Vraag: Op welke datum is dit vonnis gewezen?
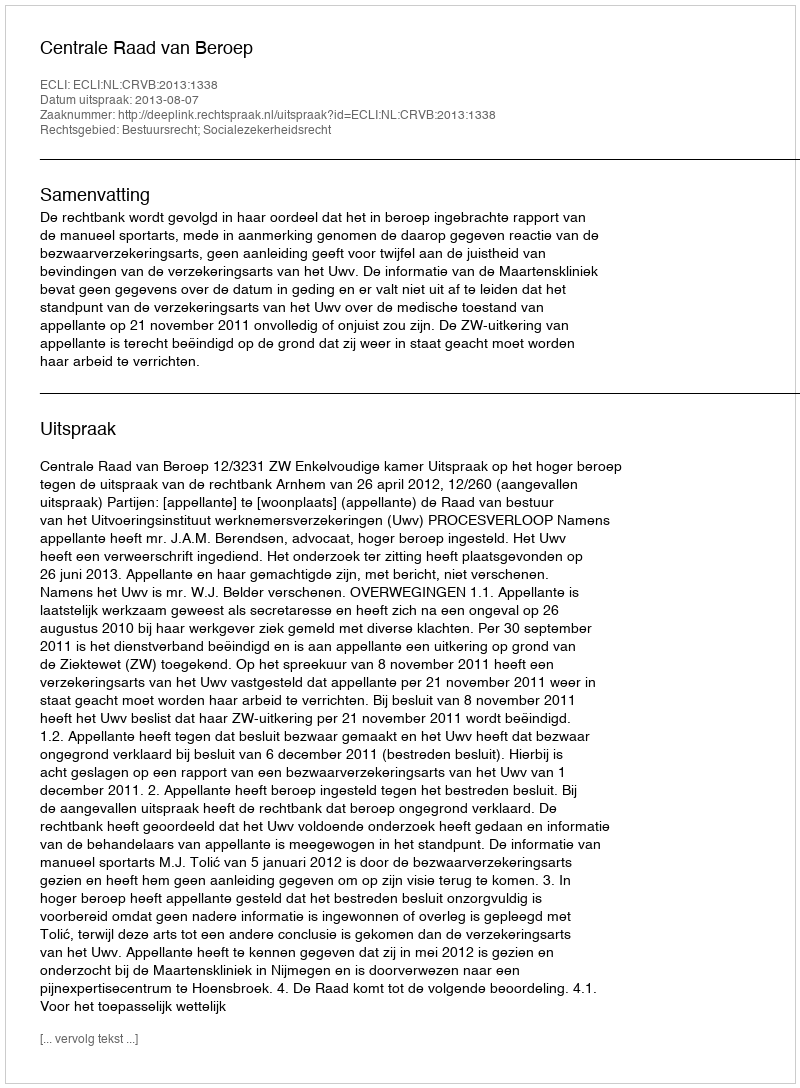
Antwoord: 2013-08-07